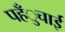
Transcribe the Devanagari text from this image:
पहँुचाई